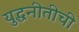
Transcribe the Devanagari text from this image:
युद्धनीतीची